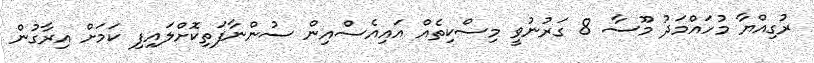
ރުގިއްޔާ މުހައްމަދު މޫސާ 8 ގަރުނުވީ މިސްކިތެއް އައިއެސްއިން ސުންނާފަތިކޮށްލައިފި ކަމަށް އިރާގުން